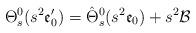
LaTeX: \begin{align*}\Theta_s^0(s^2\mathfrak{e}'_0)=\hat{\Theta}_s^0(s^2\mathfrak{e}_0)+s^2\mathcal{B}\end{align*}